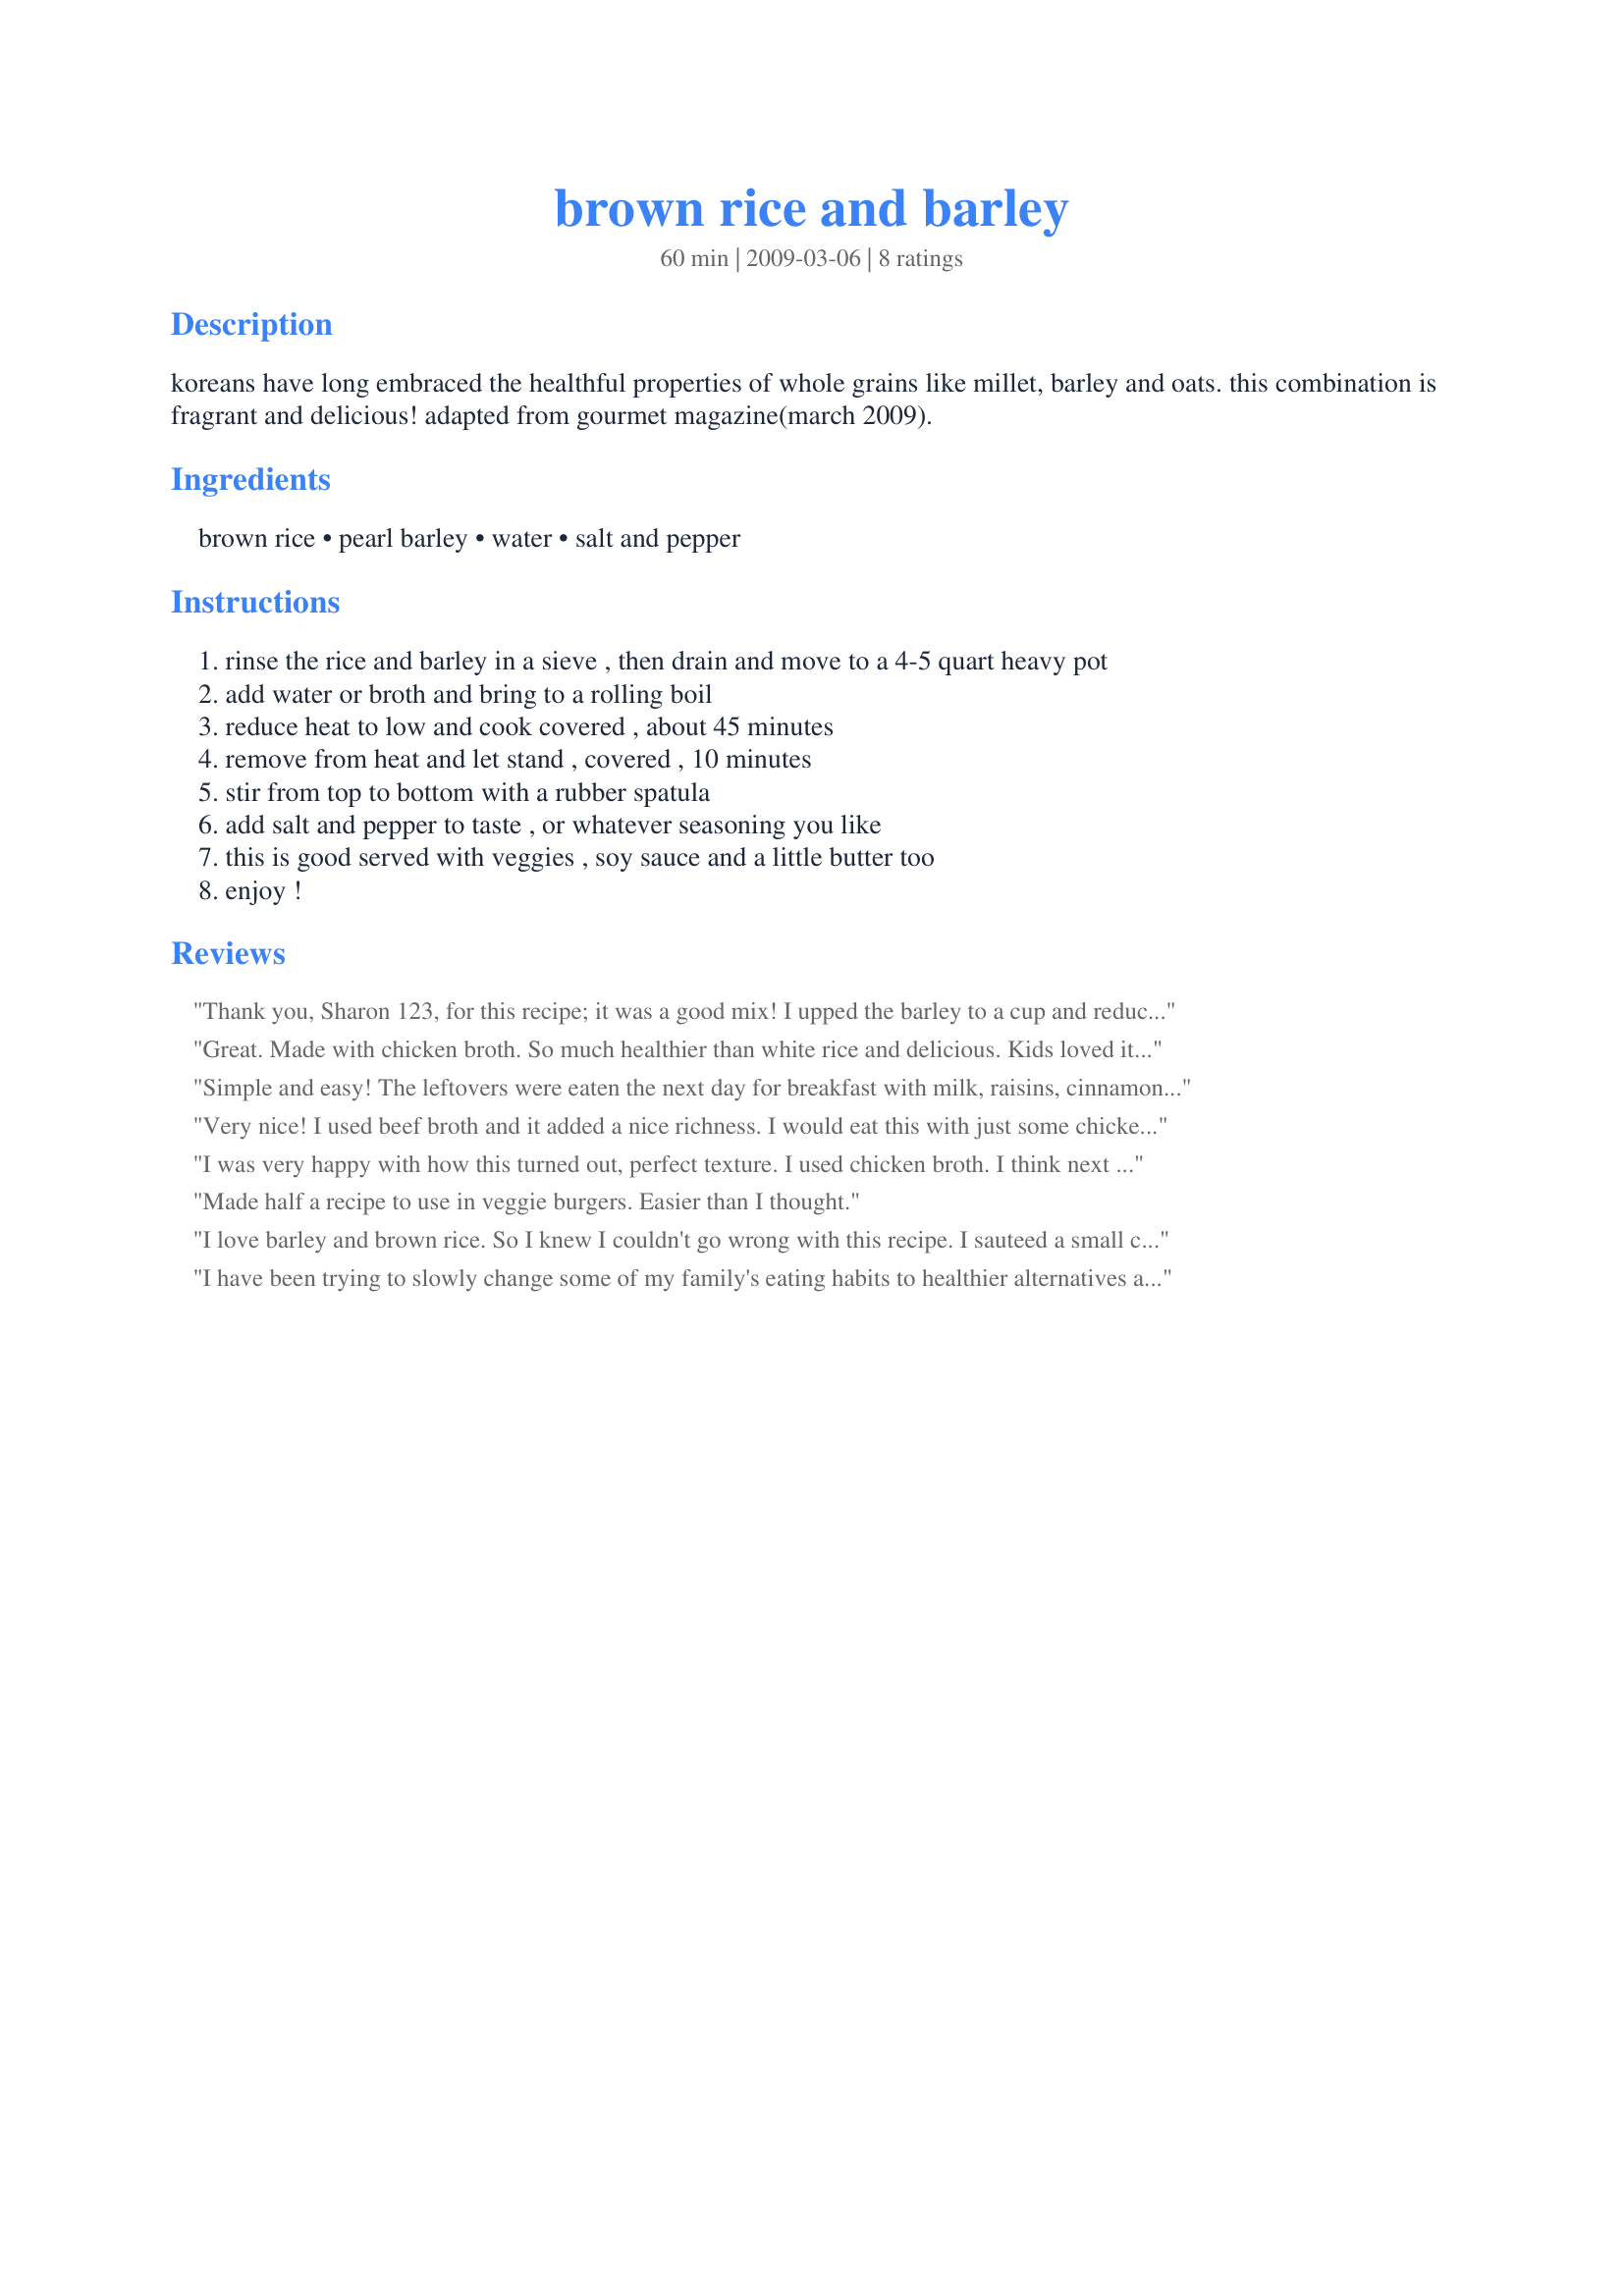
brown rice and barley
Preparation time: 60 minutes

koreans have long embraced the healthful properties of whole grains like millet, barley and oats. this combination is fragrant and delicious! adapted from gourmet magazine(march 2009).

Ingredients:
brown rice, pearl barley, water, salt and pepper

Steps:
rinse the rice and barley in a sieve , then drain and move to a 4-5 quart heavy pot
add water or broth and bring to a rolling boil
reduce heat to low and cook covered , about 45 minutes
remove from heat and let stand , covered , 10 minutes
stir from top to bottom with a rubber spatula
add salt and pepper to taste , or whatever seasoning you like
this is good served with veggies , soy sauce and a little butter too
enjoy !

Reviews:
Thank you, Sharon 123, for this recipe; it was a good mix! I upped the barley to a cup and reduced the brown rice to 1.5 cups to add even more of barley's health properties.

This mixture turns out fluffy and way better than the sum of its parts.

Thanks also to -Rita- for the suggestion of adding onion and a bit of olive oil at the beginning, which I did do. If anyone can find it, try Better Than Boullion if you don't have stock on hand--it makes for a tasty base.
Great. Made with chicken broth. So much healthier than white rice and delicious. Kids loved it too.
Simple and easy! The leftovers were eaten the next day for breakfast with milk, raisins, cinnamon, brown sugar, etc. Great combination! Reviewed for Sharon123's Cookathon.
Very nice! I used beef broth and it added a nice richness. I would eat this with just some chicken and green onions in it! You asked for short or medium grain brown rice, but I had long grain and it worked just fine. I am freezing this in 12 x 1/2 cup portions for my DFIL to add to his meals. Made for Football Tag, week 5. Thanks Sharon123! :)
I was very happy with how this turned out, perfect texture. I used chicken broth. I think next time I'll try half and half barley vs brown rice. Thanks Sharon!
Made half a recipe to use in veggie burgers. Easier than I thought.
I love barley and brown rice. So I knew I couldn't go wrong with this recipe. I sauteed a small chopped onion in olive oil then added the rice and barley to coat with oil. added water and walla. A delish side. Thanks Sharon for a healthy yummy side.
I have been trying to slowly change some of my family's eating habits to healthier alternatives and I think this one will stick! I used one can of chicken broth and added enough water to make the 3.5 cups. My little ones won't eat rice, but they decided this was like oatmeal and they were willing to eat it.
